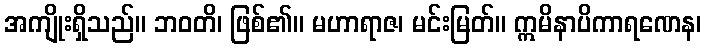
အကျိုးရှိသည်။ ဘဝတိ၊ ဖြစ်၏။ မဟာရာဇ၊ မင်းမြတ်။ ဣမိနာပိကာရဏေန၊